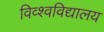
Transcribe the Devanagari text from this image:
विव्श्वविद्यालय